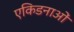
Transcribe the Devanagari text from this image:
एकिडनाओं